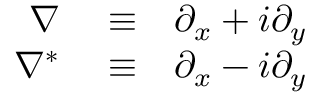
\begin{array} { r l r } { \nabla } & { { } \equiv } & { \partial _ { x } + i \partial _ { y } } \\ { \nabla ^ { * } } & { { } \equiv } & { \partial _ { x } - i \partial _ { y } } \end{array}